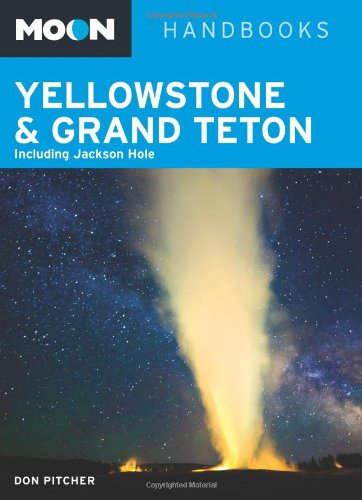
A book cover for Moon Yellowstone & Grand Teton: Including Jackson Hole (Moon Handbooks); Don Pitcher; Travel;